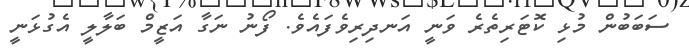
ސަބަބުން މުޅި ކޮޓަރިތެރެ ވަނީ އަނދިރިވެފައެވެ. ފޯނު ނަގާ އަޒީމް ބަލާލީ އެގުޅަނީ